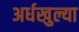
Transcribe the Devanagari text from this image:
अर्धखुल्या